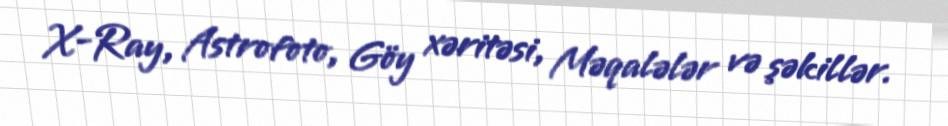
X-Ray, Astrofoto, Göy xəritəsi, Məqalələr və şəkillər.